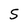
Character: 5